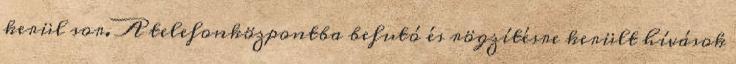
kerül sor. A telefonközpontba befutó és rögzítésre került hívások